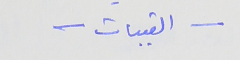
- القبيات -